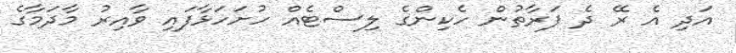
އަދި އެ ރޭ ދެ ފަރާތުން ހެކިންގެ ލިސްޓެއް ހުށަހަޅާފައި ވާއިރު މާދަމާގެ